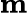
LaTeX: \mathbf{m}